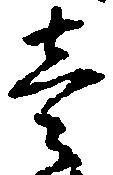
壱